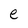
Character: e